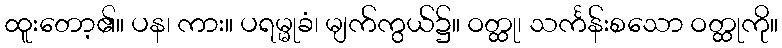
ထူးတော့၏။ ပန၊ ကား။ ပရမ္မုခံ၊ မျက်ကွယ်၌။ ဝတ္ထု၊ သင်္ကန်းစသော ဝတ္ထုကို။